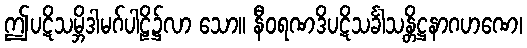
ဤပဋိသမ္ဘိဒါမဂ်ပါဠိ၌လာ သော။ နီဝရဏဒိပဋိသင်္ခါသန္တိဋ္ဌနာဂဟဏေ၊